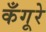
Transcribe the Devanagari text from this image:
कँगूरे